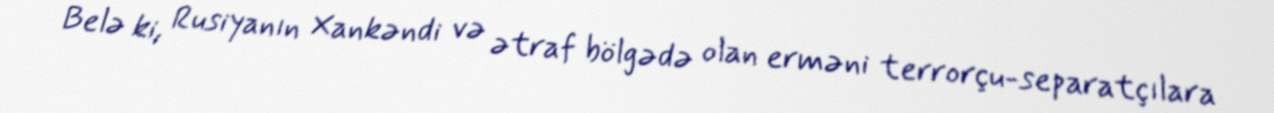
Belə ki, Rusiyanın Xankəndi və ətraf bölgədə olan erməni terrorçu-separatçılara